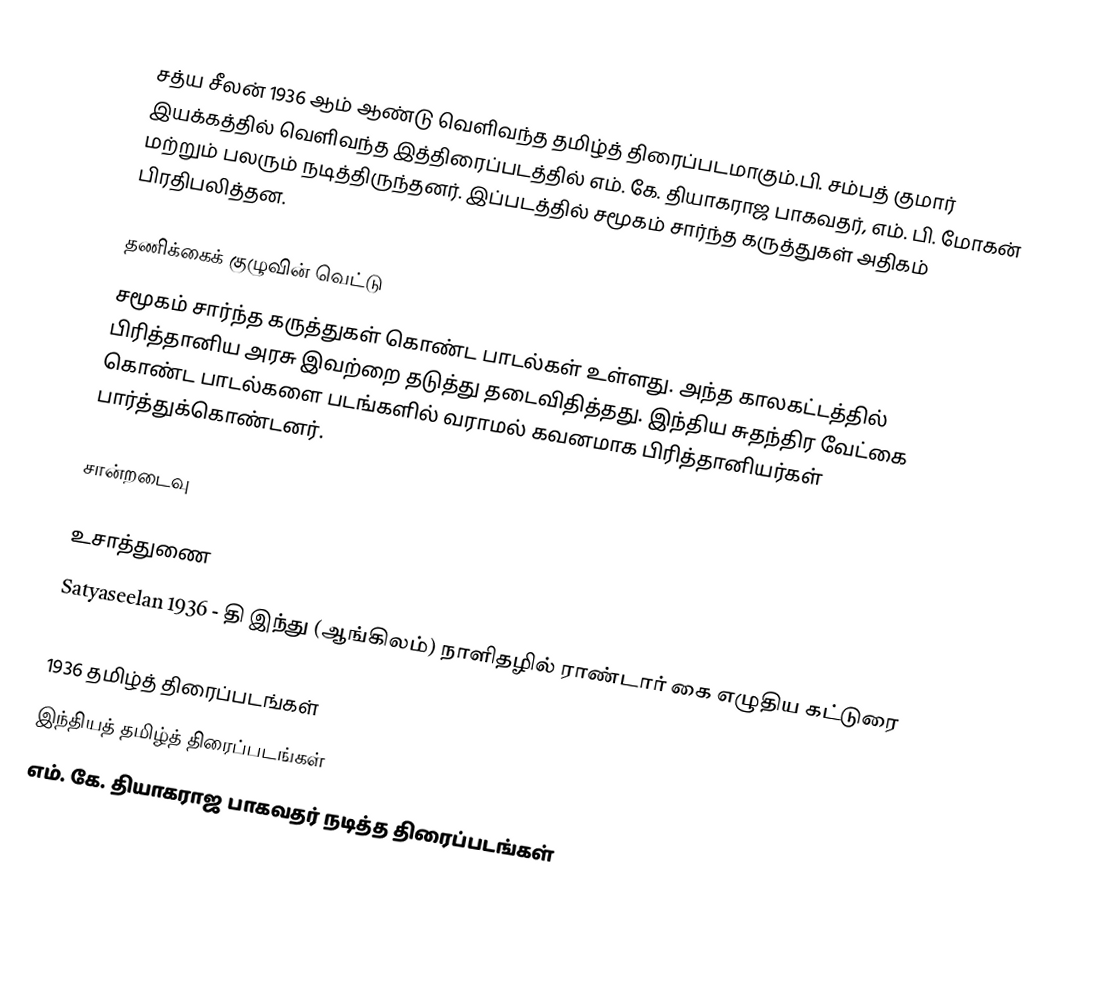
சத்ய சீலன் 1936 ஆம் ஆண்டு வெளிவந்த தமிழ்த் திரைப்படமாகும்.பி. சம்பத் குமார் இயக்கத்தில் வெளிவந்த இத்திரைப்படத்தில் எம். கே. தியாகராஜ பாகவதர், எம். பி. மோகன் மற்றும் பலரும் நடித்திருந்தனர். இப்படத்தில் சமூகம் சார்ந்த கருத்துகள் அதிகம் பிரதிபலித்தன.

தணிக்கைக் குழுவின் வெட்டு
சமூகம் சார்ந்த கருத்துகள் கொண்ட பாடல்கள் உள்ளது. அந்த காலகட்டத்தில் பிரித்தானிய அரசு இவற்றை தடுத்து தடைவிதித்தது. இந்திய சுதந்திர வேட்கை கொண்ட பாடல்களை படங்களில் வராமல் கவனமாக பிரித்தானியர்கள் பார்த்துக்கொண்டனர்.

சான்றடைவு

உசாத்துணை
  Satyaseelan 1936 - தி இந்து (ஆங்கிலம்) நாளிதழில் ராண்டார் கை எழுதிய கட்டுரை

1936 தமிழ்த் திரைப்படங்கள்
இந்தியத் தமிழ்த் திரைப்படங்கள்
எம். கே. தியாகராஜ பாகவதர் நடித்த திரைப்படங்கள்